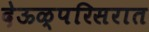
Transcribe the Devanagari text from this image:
देऊळ्परिसरात